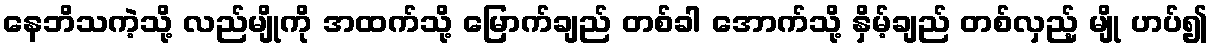
နေဘိသကဲ့သို့ လည်မျိုကို အထက်သို့ မြောက်ချည် တစ်ခါ အောက်သို့ နှိမ့်ချည် တစ်လှည့် မျို ဟပ်၍